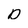
Character: D